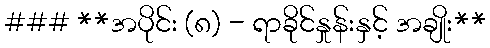
### **အပိုင်း (၈) - ရာခိုင်နှုန်းနှင့် အချိုး**